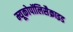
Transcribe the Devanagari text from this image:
म्यूकोपॉलिसैक्राइड